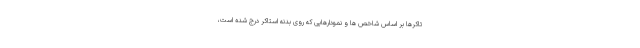
تاکرها بر اساس شاخص ها و نمودارهایی که روی بدنه استاکر درج شده است،